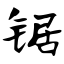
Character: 锯